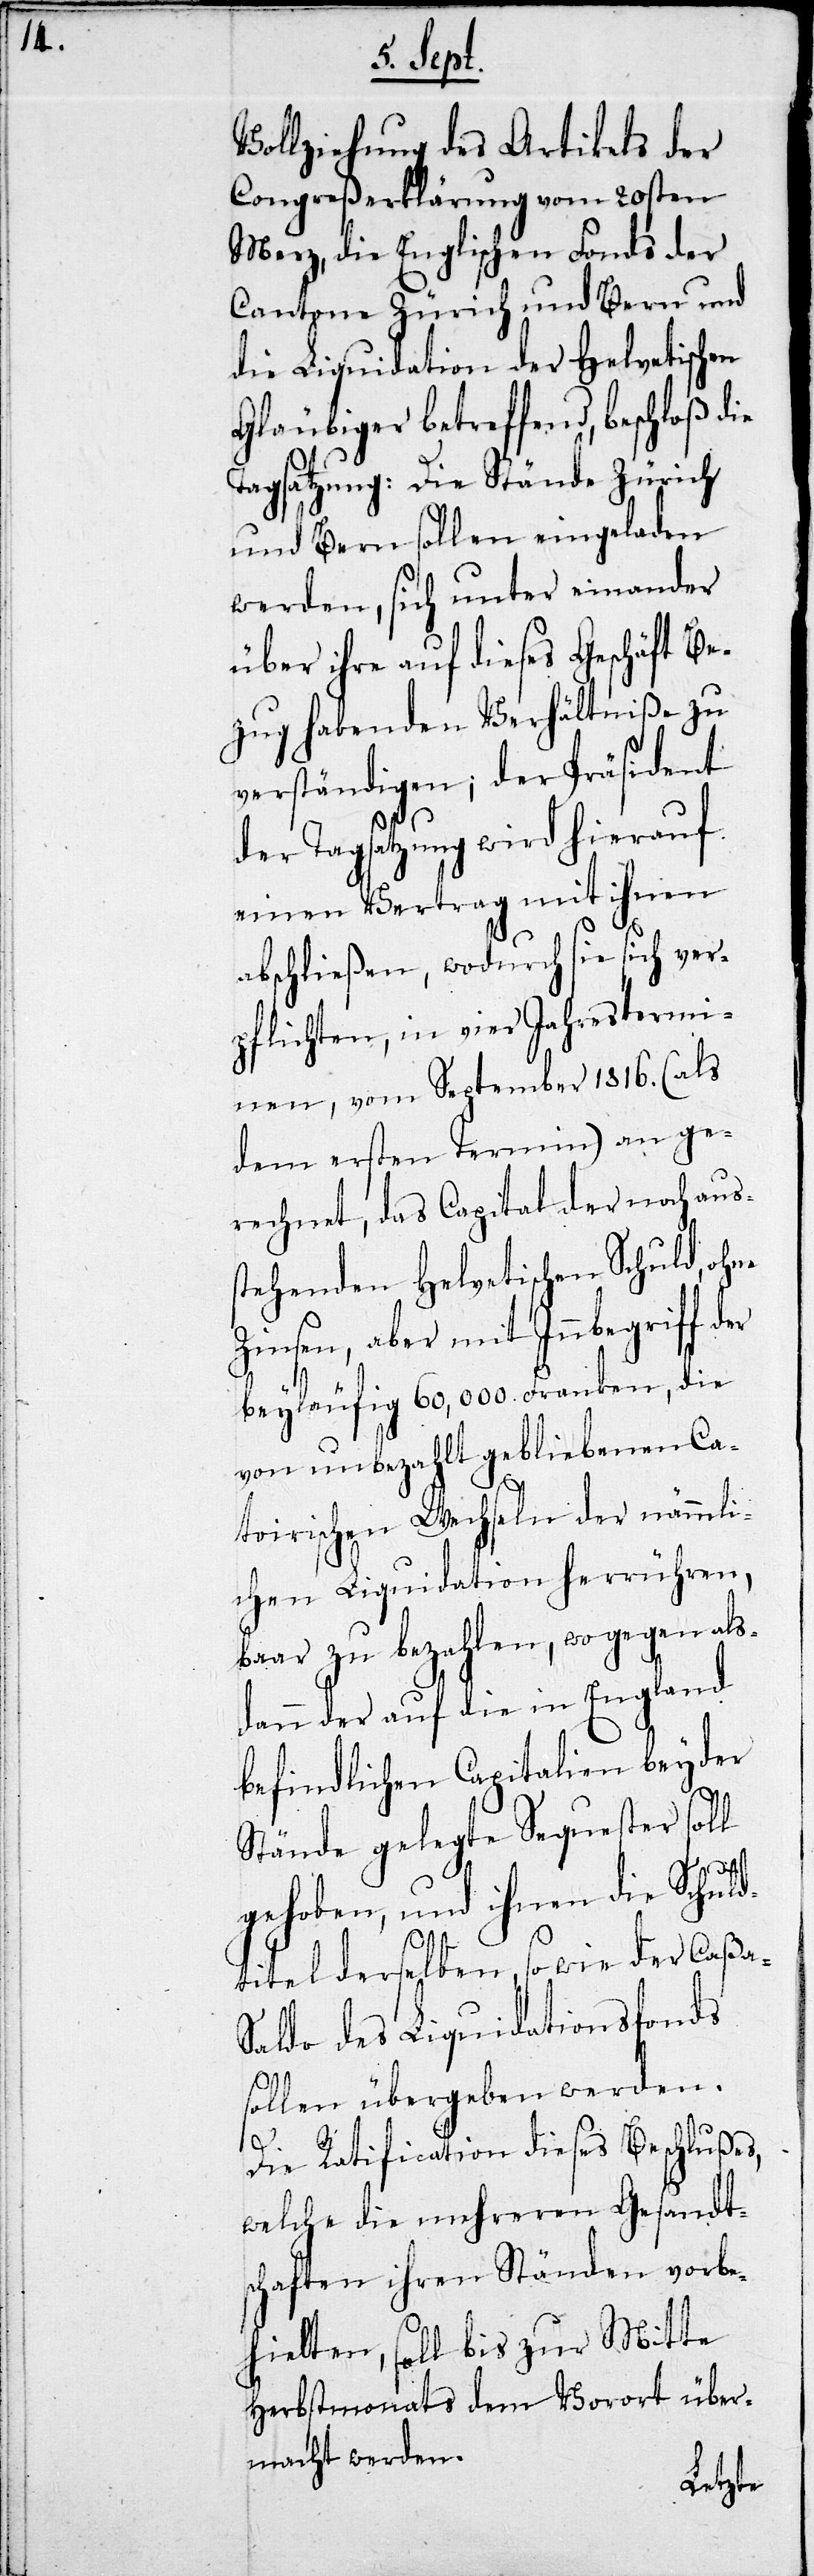
Vollziehung des Artikels der
Congreßerklärung vom 20sten
Merz, die Englischen Fonds der
Cantone Zürich und Bern und
die Liquidation der Helvetischen
Gläubiger betreffend, beschloß die
Tagsatzung: Die Stände Zürich
und Bern sollen eingeladen
werden, sich unter einander
über ihre auf dieses Geschäft Be¬
zug habenden Verhältniße zu
verständigen; der Präsident
der Tagsatzung wird hierauf
einen Vertrag mit ihnen
abschließen, wodurch sie sich ver¬
pflichten, in vier Jahrestermi¬
nen, vom September 1816. (als
dem ersten Termin) an ge¬
och aus¬
rechnet, das Capital der n¬
stehenden Helvetischen Schuld,
Zinsen, aber mit Innbegriff der
beyläufig 60,000. Franken, die
von unbezahlt gebliebenen
toirischen Wechseln der nämmli¬
chen Liquidation herrühren,
baar zu bezahlen, wogegen als¬
dann der auf die in England
befindlichen Capitalien beyder
Stände gelegte Sequester
gehoben, und ihnen die Schuld¬
sfonds
Ca¬
titel derselben, sowie
aldo des Liquidation¬
sollen übergeben werden.
Die Ratification dieses Beschlußes,
welche die mehreren Gesandt¬
schaften ihren Ständen vorbe¬
hielten, soll bis zur Mitte
Herbstmonats dem Vorort über¬
macht werden.
ßa-S¬